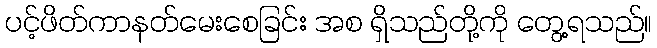
ပင့်ဖိတ်ကာနတ်မေးစေခြင်း အစ ရှိသည်တို့ကို တွေ့ရသည်။